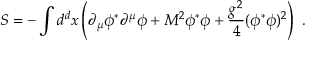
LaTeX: S = - \int d ^ { d } x \left( \partial _ { \mu } \phi ^ { * } \partial ^ { \mu } \phi + M ^ { 2 } \phi ^ { * } \phi + \frac { g ^ { 2 } } { 4 } ( \phi ^ { * } \phi ) ^ { 2 } \right) \ .